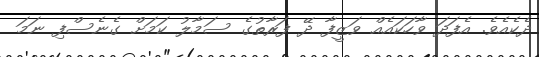
ދެކެއެވެ. އެފަދަ ވާހަކައެއް ވަޒީފާ ދޭ ފަރާތުގެ ސަމާލު ކަމަށް ގެނެސްފި ނަމަ